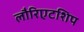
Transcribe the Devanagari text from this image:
लौरिएटशिप